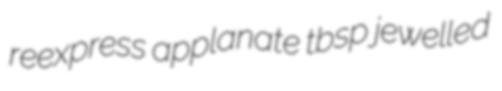
reexpress applanate tbsp jewelled